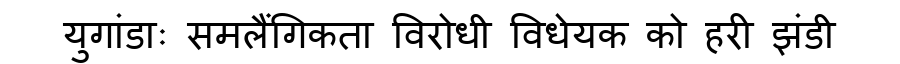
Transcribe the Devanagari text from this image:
युगांडाः समलैंगिकता विरोधी विधेयक को हरी झंडी